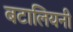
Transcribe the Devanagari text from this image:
बटालियनी